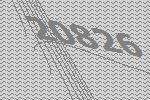
20826